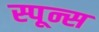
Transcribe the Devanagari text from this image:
स्पून्स